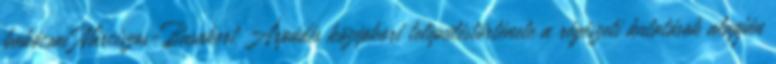
babócsai Nárciszos-Basakert Árpádés középkori településtörténete a régészeti kutatások alapján